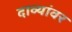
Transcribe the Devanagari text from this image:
दाव्यांवर